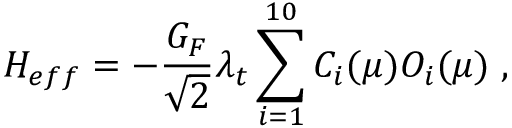
{ \cal H } _ { e f f } = - \frac { G _ { F } } { \sqrt { 2 } } \lambda _ { t } \sum _ { i = 1 } ^ { 1 0 } C _ { i } ( \mu ) { \cal O } _ { i } ( \mu ) \; ,